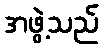
အဖွဲ့သည်